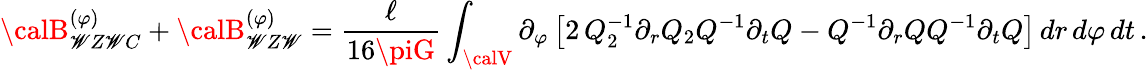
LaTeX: {\calB}_{\mathscr{W}Z\mathscr{W}C}^{(\varphi)}+{\calB}_{\mathscr{W}Z\mathscr{W}}^{(\varphi)}=\frac{\ell}{{16\piG}}\int_{\calV}\partial_{\varphi}\left[2\, Q_{2}^{-1}\partial_{r}Q_{2}Q^{-1}\partial_{t}Q-Q^{-1}\partial_{r}QQ^{-1}\partial_{t}Q\right]\, dr\, d\varphi\, dt\, .